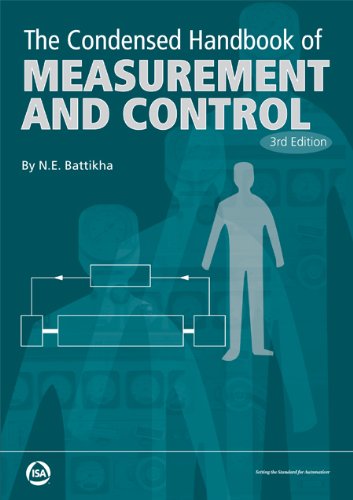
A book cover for The Condensed Handbook of Measurement and Control, 3rd Edition; N. E. Battikha; Computers & Technology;